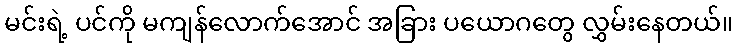
မင်းရဲ့ ပင်ကို မကျန်လောက်အောင် အခြား ပယောဂတွေ လွှမ်းနေတယ်။